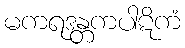
မကရဒန္တကပါဋိကံ